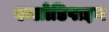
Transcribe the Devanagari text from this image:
एम्लोडिपाइन